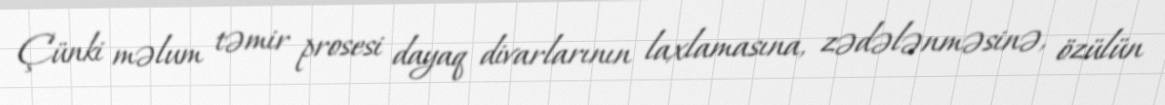
Çünki məlum təmir prosesi dayaq divarlarının laxlamasına, zədələnməsinə, özülün